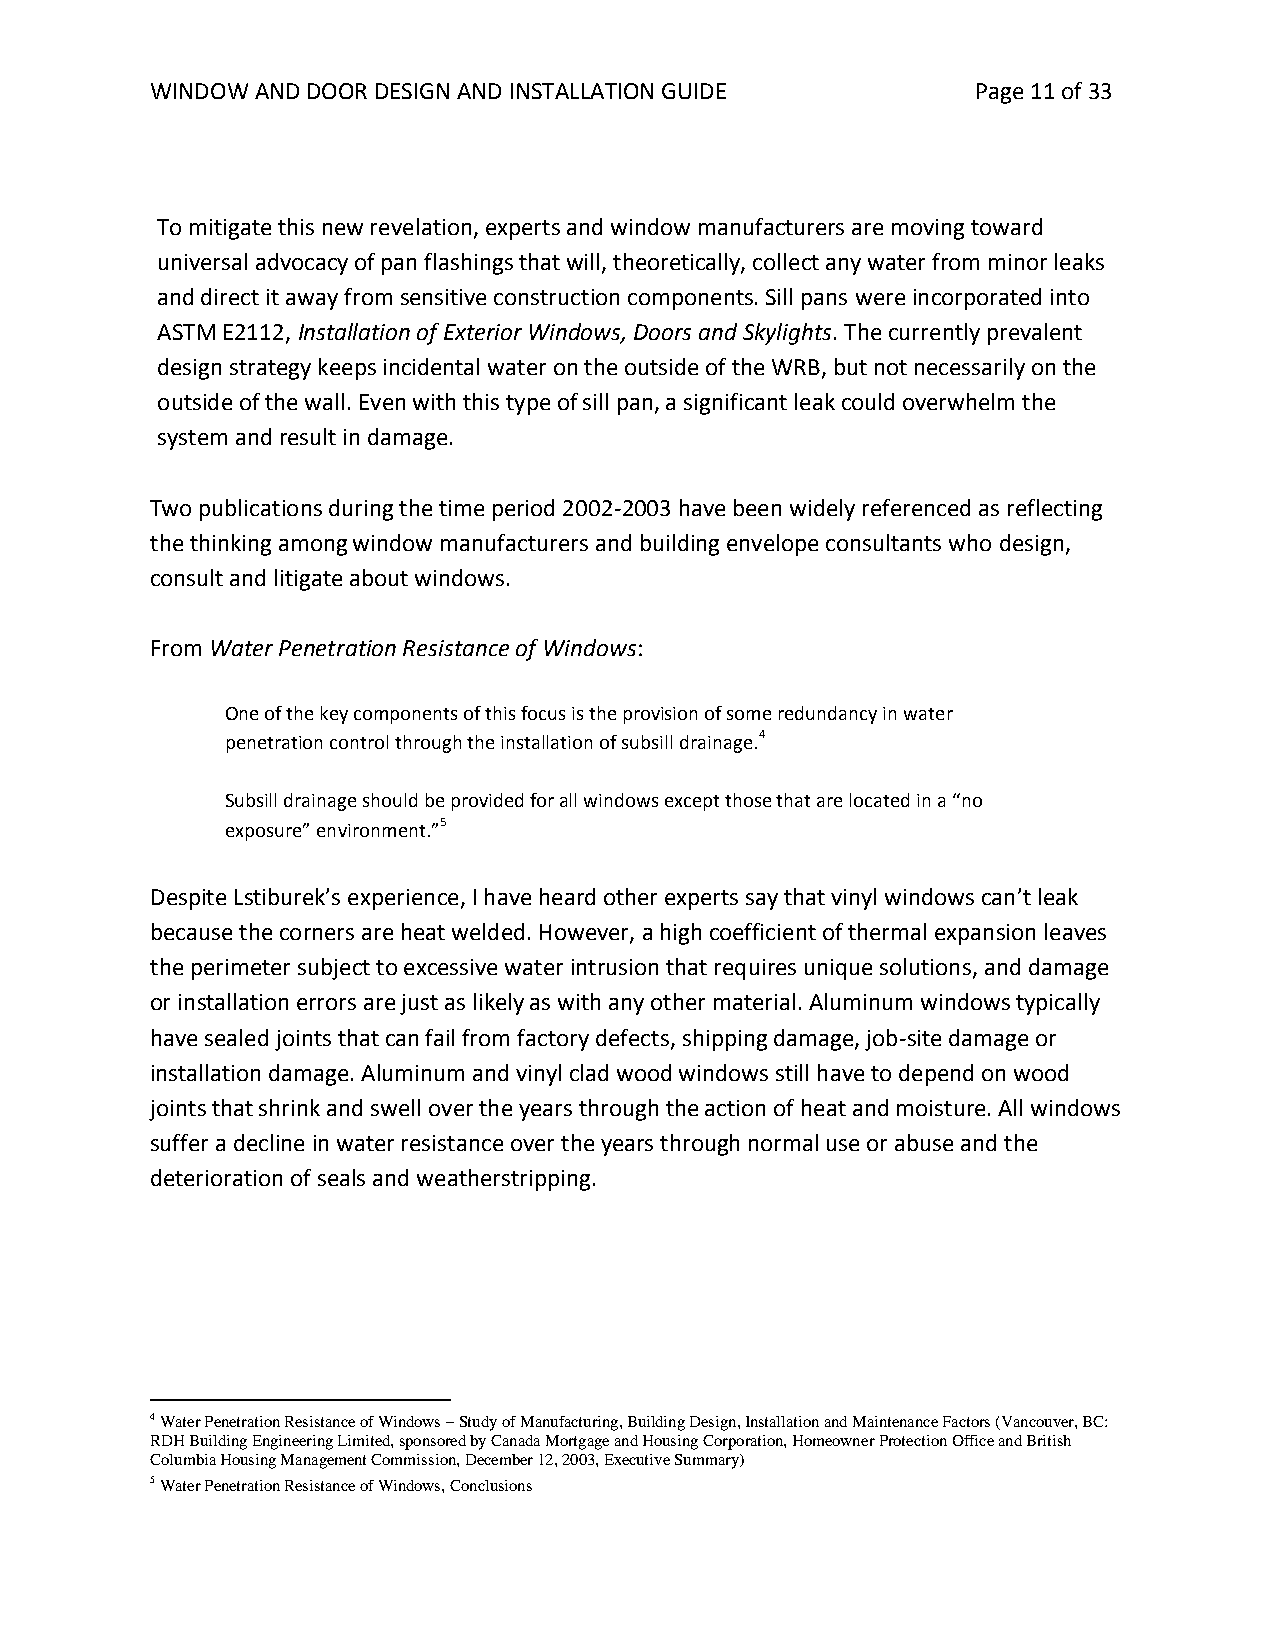
WINDOW AND DOOR DESIGN AND INSTALLATION GUIDE          Page 11 of 33
 To mitigate this new revelation, experts and window manufacturers are moving toward
 universal advocacy of pan flashings that will, theoretically, collect any water from minor leaks
 and direct it away from sensitive construction components. Sill pans were incorporated into
 ASTM E2112, Installation of Exterior Windows, Doors and Skylights. The currently prevalent
 design strategy keeps incidental water on the outside of the WRB, but not necessarily on the
 outside of the wall. Even with this type of sill pan, a significant leak could overwhelm the
 system and result in damage.
 Two publications during the time period 2002-2003 have been widely referenced as reflecting
 the thinking among window manufacturers and building envelope consultants who design,
 consult and litigate about windows.
 From Water Penetration Resistance of Windows:
 One of the key components of this focus is the provision of some redundancy in water
 penetration control through the installation of subsill drainage.4
 Subsill drainage should be provided for all windows except those that are located in a “no
 exposure” environment.”5
 Despite Lstiburek’s experience, I have heard other experts say that vinyl windows can’t leak
 because the corners are heat welded. However, a high coefficient of thermal expansion leaves
 the perimeter subject to excessive water intrusion that requires unique solutions, and damage
 or installation errors are just as likely as with any other material. Aluminum windows typically
 have sealed joints that can fail from factory defects, shipping damage, job-site damage or
 installation damage. Aluminum and vinyl clad wood windows still have to depend on wood
 joints that shrink and swell over the years through the action of heat and moisture. All windows
 suffer a decline in water resistance over the years through normal use or abuse and the
 deterioration of seals and weatherstripping.
 4 Water Penetration Resistance of Windows – Study of Manufacturing, Building Design, Installation and Maintenance Factors (Vancouver, BC:
 RDH Building Engineering Limited, sponsored by Canada Mortgage and Housing Corporation, Homeowner Protection Office and British
 Columbia Housing Management Commission, December 12, 2003, Executive Summary)
 5 Water Penetration Resistance of Windows, Conclusions